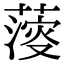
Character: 𦺌